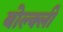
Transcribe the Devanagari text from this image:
बोल्क्ली